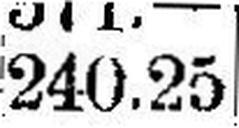
240.25